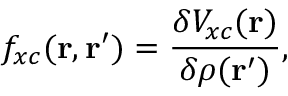
f _ { x c } ( \mathbf { r } , \mathbf { r } ^ { \prime } ) = \frac { \delta V _ { x c } ( \mathbf { r } ) } { \delta \rho ( \mathbf { r } ^ { \prime } ) } ,